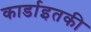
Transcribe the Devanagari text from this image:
कार्डाइतकी